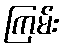
ကြမ်း